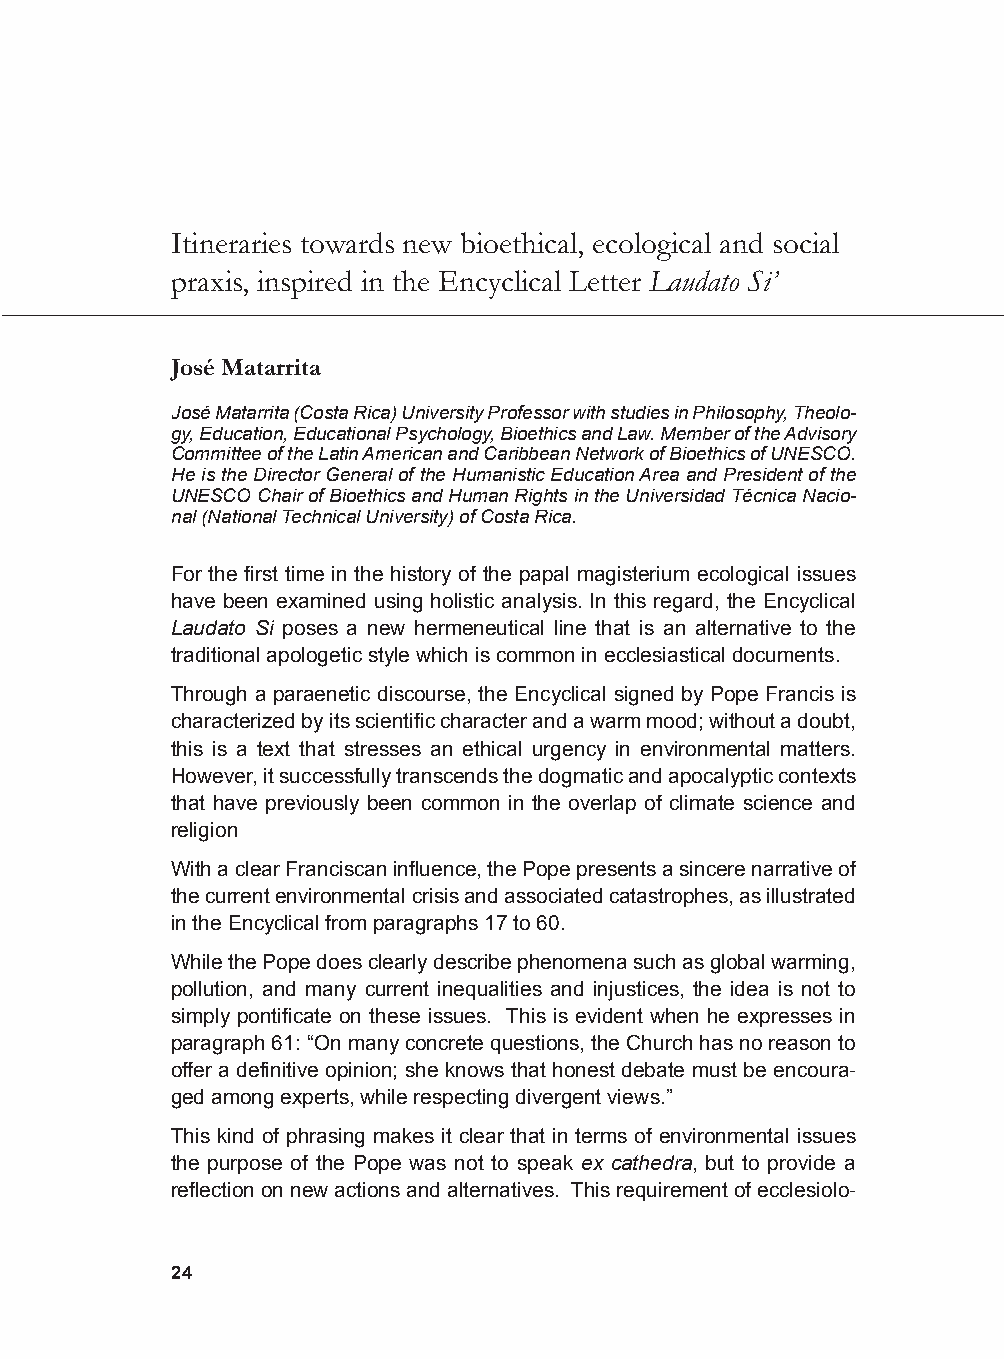
Itineraries towards new bioethical, ecological and social
 praxis, inspired in the Encyclical Letter Laudato Si’
 José Matarrita
 José Matarrita (Costa Rica) University Professor with studies in Philosophy, Theolo-
 gy, Education, Educational Psychology, Bioethics and Law. Member of the Advisory
 Committee of the Latin American and Caribbean Network of Bioethics of UNESCO.
 He is the Director General of the Humanistic Education Area and President of the
 UNESCO Chair of Bioethics and Human Rights in the Universidad Técnica Nacio-
 nal (National Technical University) of Costa Rica.
 For the first time in the history of the papal magisterium ecological issues
 have been examined using holistic analysis. In this regard, the Encyclical
 Laudato Si poses a new hermeneutical line that is an alternative to the
 traditional apologetic style which is common in ecclesiastical documents.
 Through a paraenetic discourse, the Encyclical signed by Pope Francis is
 characterized by its scientific character and a warm mood; without a doubt,
 this is a text that stresses an ethical urgency in environmental matters.
 However, it successfully transcends the dogmatic and apocalyptic contexts
 that have previously been common in the overlap of climate science and
 religion
 With a clear Franciscan influence, the Pope presents a sincere narrative of
 the current environmental crisis and associated catastrophes, as illustrated
 in the Encyclical from paragraphs 17 to 60.
 While the Pope does clearly describe phenomena such as global warming,
 pollution, and many current inequalities and injustices, the idea is not to
 simply pontificate on these issues. This is evident when he expresses in
 paragraph 61: “On many concrete questions, the Church has no reason to
 offer a definitive opinion; she knows that honest debate must be encoura-
 ged among experts, while respecting divergent views.”
 This kind of phrasing makes it clear that in terms of environmental issues
 the purpose of the Pope was not to speak ex cathedra, but to provide a
 reflection on new actions and alternatives. This requirement of ecclesiolo-
 24